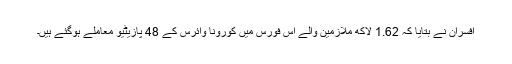
افسران نے بتایا کہ 1.62 لاکھ ملازمین والے اس فورس میں کورونا وائرس کے 48 پازیٹیو معاملے ہوگئے ہیں۔